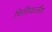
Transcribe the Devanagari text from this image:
फिसिकालीश